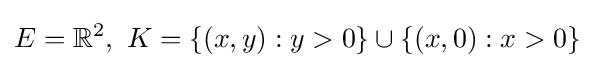
E=\mathbb {R} ^{2},\ K=\{(x,y):y>0\}\cup \{(x,0):x>0\}